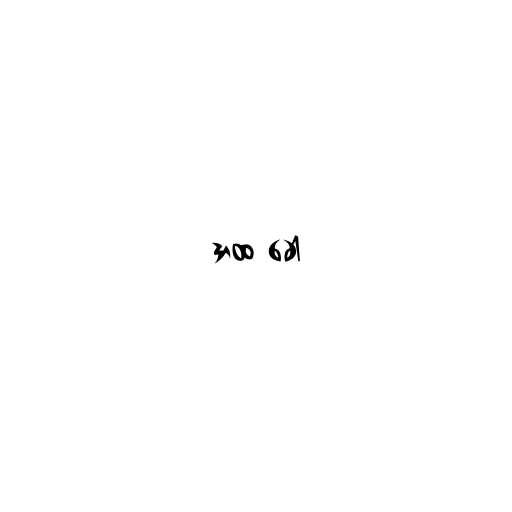
အထ ခေါ